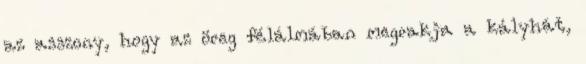
az asszony, hogy az öreg félálmában megrakja a kályhát,